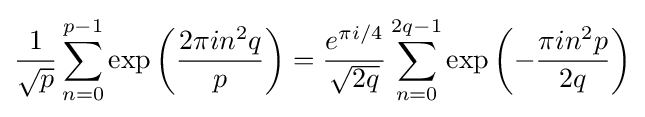
\displaystyle {\dfrac {1}{\sqrt {p}}}\sum _{n=0}^{p-1}\exp \left({\frac {2\pi in^{2}q}{p}}\right)={\dfrac {e^{\pi i/4}}{\sqrt {2q}}}\sum _{n=0}^{2q-1}\exp \left(-{\frac {\pi in^{2}p}{2q}}\right)